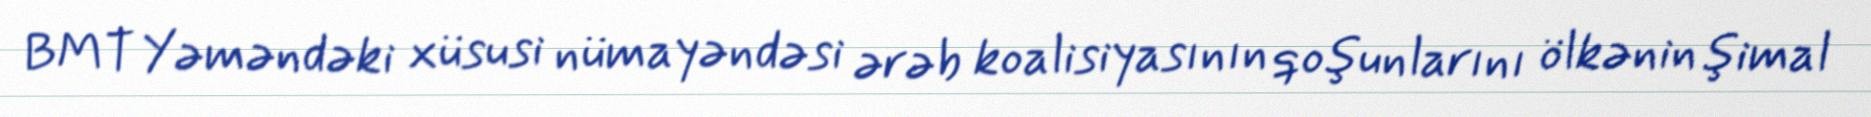
BMT Yəməndəki xüsusi nümayəndəsi ərəb koalisiyasının qoşunlarını ölkənin şimal